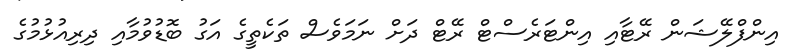
އިންފްލޭޝަން ރޭޓާއި އިންޓަރެސްޓް ރޭޓް ދަށް ނަމަވެސް ތަކެތީގެ އަގު ބޮޑުވުމާއި ދިރިއުޅުމުގެ